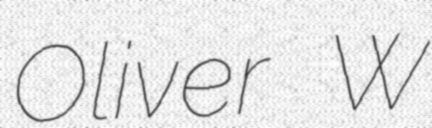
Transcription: Oliver W